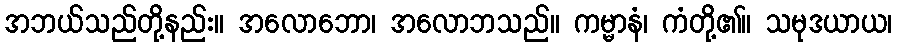
အဘယ်သည်တို့နည်း။ အလောဘော၊ အလောဘသည်။ ကမ္မာနံ၊ ကံတို့၏။ သမုဒယာယ၊